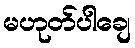
မဟုတ်ပါချေ